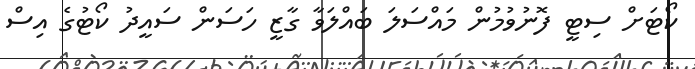
ކޯޓަށް ސިޓީ ފޮނުވުމުން މައްސަލަ ބައްލަވާ ގާޒީ ހަސަން ސައީދު ކޯޓުގެ އިސް